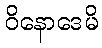
ဝိနောဒေမိ